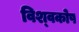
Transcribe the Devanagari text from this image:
विश्‍वकोष